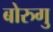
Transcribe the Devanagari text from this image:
बोरुगु